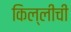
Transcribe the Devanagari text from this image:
किल्लीची